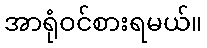
အာရုံဝင်စားရမယ်။